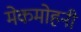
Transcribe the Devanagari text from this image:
मेकमोहनी